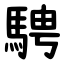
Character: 騁